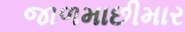
જાળમાછીમાર